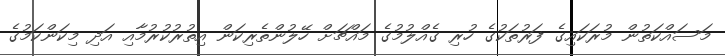
މަސައްކަތުން މުރަކައިގެ ފަރުތަކުގެ ހުރި ގެއްލުމުގެ މައްޗަށް ހޭލުންތެރިކަން އިތުރުކުރުމާއި އަދި މިކަންކަމުގެ